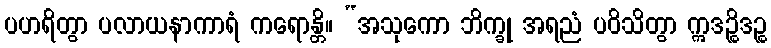
ပဟရိတွာ ပလာယနာကာရံ ကရောန္တိ။ “အသုကော ဘိက္ခု အရညံ ပဝိသိတွာ ဣဒဉ္စိဒဉ္စ